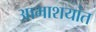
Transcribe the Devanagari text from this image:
आमाशयांत